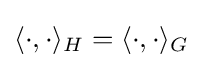
\langle \cdot ,\cdot \rangle _{H}=\langle \cdot ,\cdot \rangle _{G}